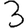
Digit: 3